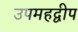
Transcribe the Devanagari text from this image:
उपमहद्वीप